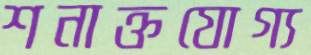
শনাক্তযোগ্য